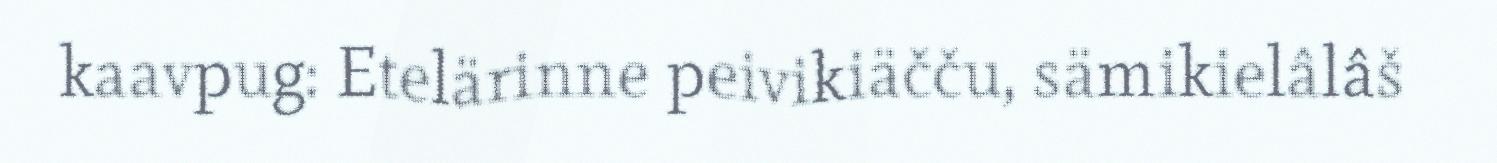
kaavpug: Etelärinne peivikiäčču, sämikielâlâš